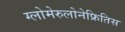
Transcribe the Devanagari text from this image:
ग्लोमेरुलोनेफ्रितिस